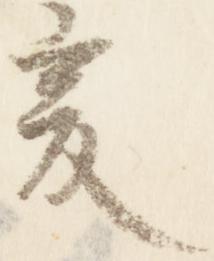
爰